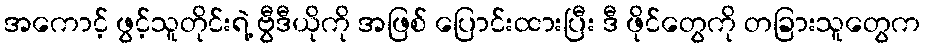
အကောင့် ဖွင့်သူတိုင်းရဲ့ ဗွီဒီယိုကို အဖြစ် ပြောင်းထားပြီး ဒီ ဖိုင်တွေကို တခြားသူတွေက